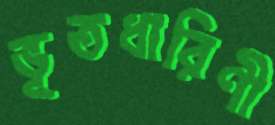
ভূতধারিণী